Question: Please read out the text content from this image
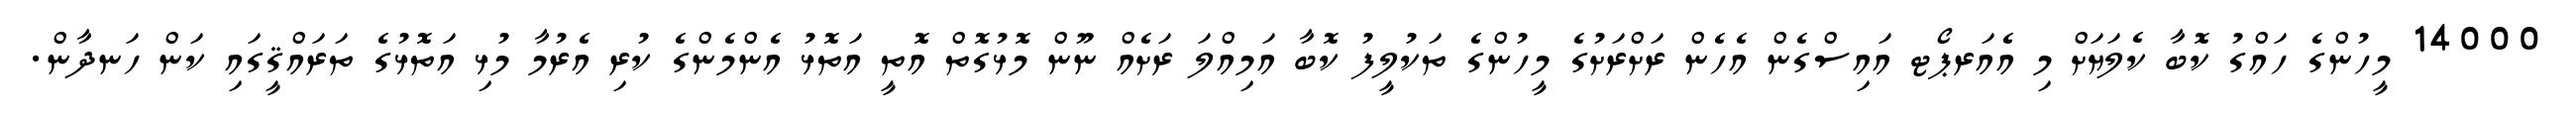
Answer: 14000 މީހުންގެ ހައްގު ކޮބާ ކެލަޔަށް މި އެއަރޕޯޓ އައިސްގެން އެހެން ރަށްރަށުގެ މީހުންގެ ތަކުލީފު ކޮބާ އަމިއްލަ ރަށެއް ނޫން މޮޅުގޮތް އޮތީ އަތޮޅު އެންމެންގެ ކުރި އެރުމާ މުޅި އަތޮޅުގެ ތަރައްޤީގައި ކަން ހަނދާން.